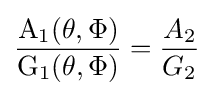
{\frac {\mathrm {A_{1}} (\theta ,\Phi )}{\mathrm {G_{1}} (\theta ,\Phi )}}={\frac {A_{2}}{G_{2}}}